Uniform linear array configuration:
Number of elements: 16
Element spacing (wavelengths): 1
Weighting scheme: blackman
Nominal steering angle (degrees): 15
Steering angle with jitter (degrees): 13.677
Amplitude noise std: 0.05
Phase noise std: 0.05

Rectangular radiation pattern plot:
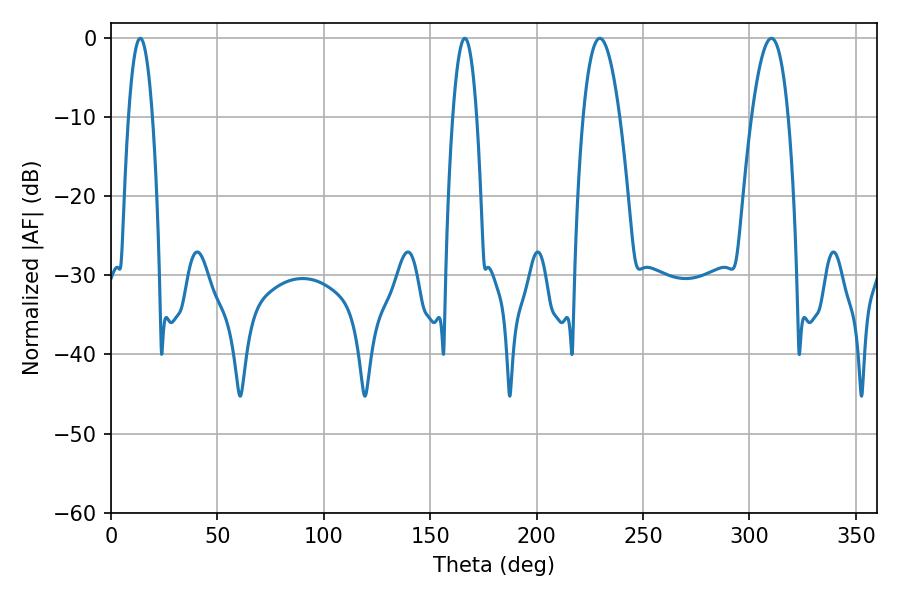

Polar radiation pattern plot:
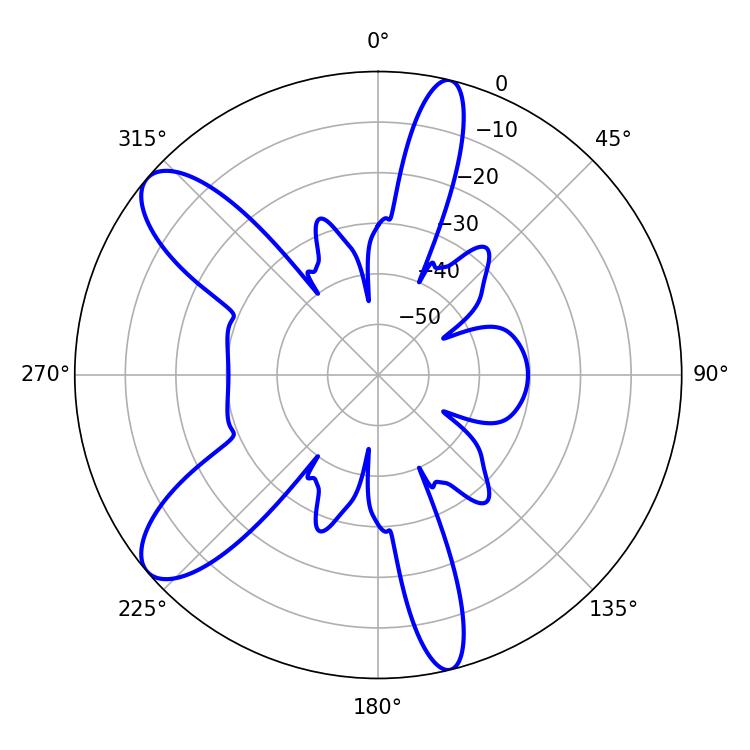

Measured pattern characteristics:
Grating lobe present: TRUE
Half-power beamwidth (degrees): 9.54
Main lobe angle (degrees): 229.68